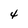
Character: 4